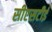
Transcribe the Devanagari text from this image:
सीएसटीई